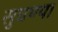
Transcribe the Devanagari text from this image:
सुचण्या